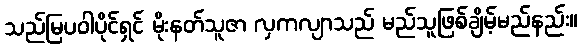
သည်မြပဝါပိုင်ရှင် မိုးနတ်သူဇာ လှကလျာသည် မည်သူဖြစ်ချိမ့်မည်နည်း။